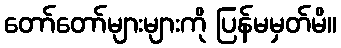
တော်တော်များများကို ပြန်မမှတ်မိ။